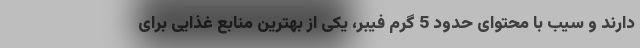
دارند و سیب با محتوای حدود 5 گرم فیبر، یکی از بهترین منابع غذایی برای